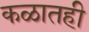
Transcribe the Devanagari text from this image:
कळातही